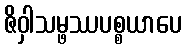
ဇိဝှါသမ္ဖဿပစ္စယာပေ